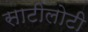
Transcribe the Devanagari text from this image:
साटीलोटी